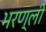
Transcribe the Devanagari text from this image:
भरण्ली